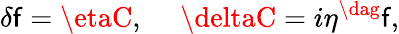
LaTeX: \delta\mathsf{f}=\etaC,~~~~~\deltaC=i\eta^{\dag}\mathsf{f},